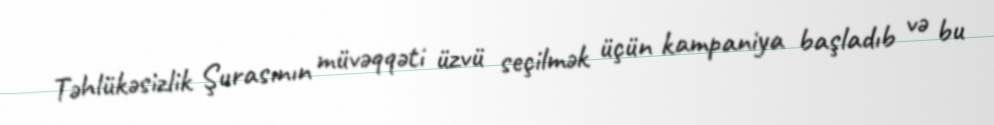
Təhlükəsizlik Şurasının müvəqqəti üzvü seçilmək üçün kampaniya başladıb və bu